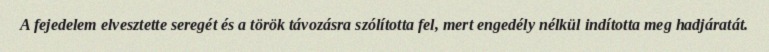
A fejedelem elvesztette seregét és a török távozásra szólította fel, mert engedély nélkül indította meg hadjáratát.